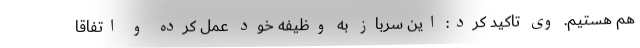
هم هستیم. وی تاکید کرد: این سرباز به وظیفه خود عمل کرده و اتفاقا